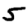
Digit: 5